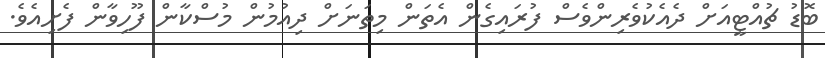
ބޮޑު ޗުއްޓީއަށް ދެއެކުވެރިންވެސް ފުރައިގެން އެތަން މިތަނަށް ދިއުމުން މުސްކާން ފޫހިވާން ފެށިއެވެ.